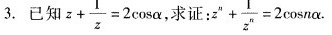
3.已知$$z + \frac { 1 } { z } = 2 \cos α$$ 求证:$$z ^ { μ } + \frac { 1 } { z ^ { n } } = 2 \cos n α$$ .